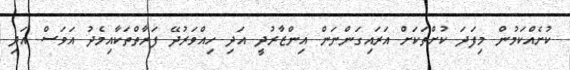
ކުށެއްކަމުން މިފަދަ ކުށްތަކަށް އަރައިގަންނަން އިންޒާރުދީ އަދި ހިއްވަރުދޭ ފަރާތްތަކާއިމެދު އަވަސް އަދި